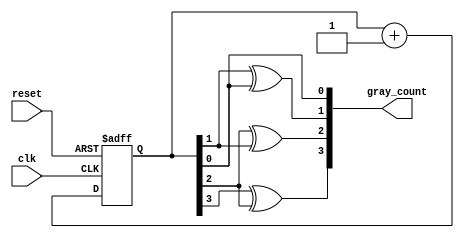
module gray_counter(
    input wire clk,
    input wire reset,
    output reg [3:0] gray_count
);

reg [3:0] binary_count;

always @ (posedge clk or posedge reset) begin
    if (reset) begin
        binary_count <= 4'b0000;
    end else begin
        binary_count <= binary_count + 1;
    end
end

assign gray_count = {binary_count[3] ^ binary_count[2], binary_count[2] ^ binary_count[1], binary_count[1] ^ binary_count[0], binary_count[0]};

endmodule